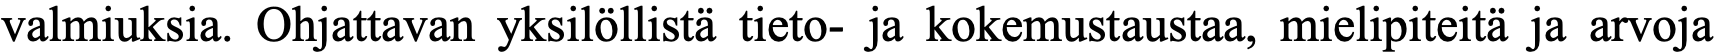
valmiuksia. Ohjattavan yksilöllistä tieto- ja kokemustaustaa, mielipiteitä ja arvoja